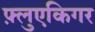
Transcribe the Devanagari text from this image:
फ़्लुएकिगर